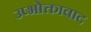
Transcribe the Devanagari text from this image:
उप्भोक्तावाद